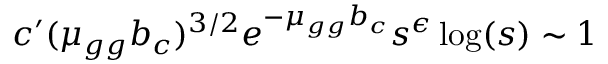
c ^ { \prime } ( \mu _ { g g } b _ { c } ) ^ { 3 / 2 } e ^ { - \mu _ { g g } b _ { c } } s ^ { \epsilon } \log ( s ) \sim 1